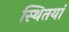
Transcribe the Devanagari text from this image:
स्थितयां